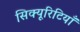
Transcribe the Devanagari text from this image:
सिक्यूरिटियाँ